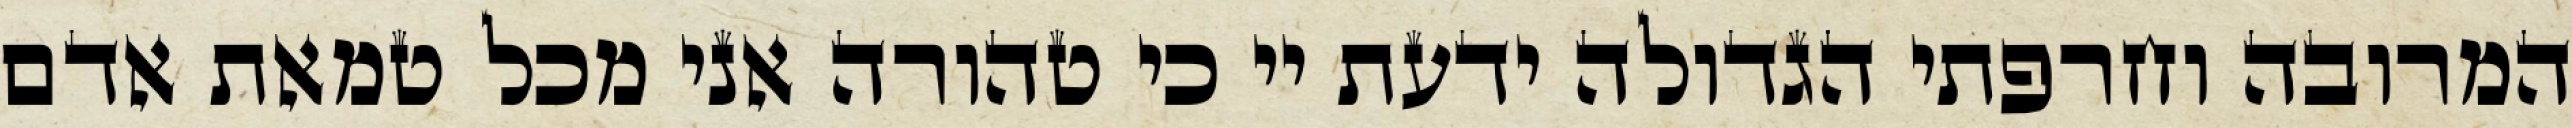
המרובה וחרפתי הגדולה ידעת יי כי טהורה אני מכל טמאת אדם